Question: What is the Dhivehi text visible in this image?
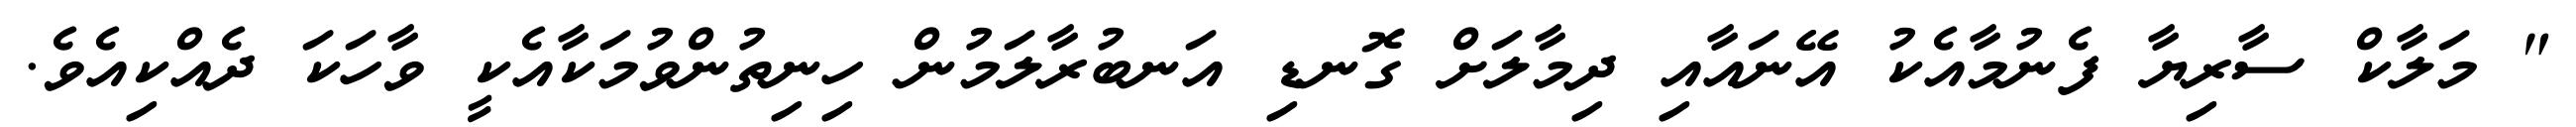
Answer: " މަލާކް ސާރިޔާ ފެނުމާއެކު އޭނައާއި ދިމާލަށް ގޮނޑި އަނބުރާލަމުން ހިނިތުންވުމަކާއެކީ ވާހަކަ ދެއްކިއެވެ.